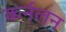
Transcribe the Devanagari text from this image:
कर्नलन